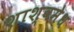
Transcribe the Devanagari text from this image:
शाश्वमेध